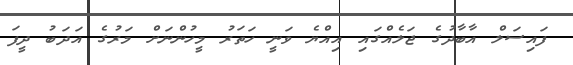
ފައިސަލް އާބާދުގެ ޖަލެއްގައި އިއްޔެ ވަނީ ހަތަރު މީހުންނަށް މަރުގެ އަދަބު ދީފަ